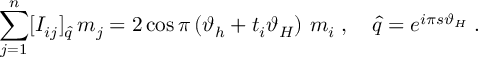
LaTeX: \sum _ { j = 1 } ^ { n } [ I _ { i j } ] _ { \hat { q } } \, m _ { j } = 2 \cos \pi \left( \vartheta _ { h } + t _ { i } \vartheta _ { H } \right) \, m _ { i } \; , \quad \hat { q } = e ^ { i \pi s \vartheta _ { H } } \; .